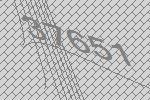
37651